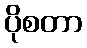
ပိုစတာ